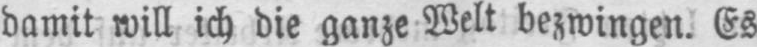
damit will ich die ganze Welt bezwingen. Es